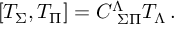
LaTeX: \left[ T _ { \Sigma } , T _ { \Pi } \right] = C _ { \ \Sigma \Pi } ^ { \Lambda } T _ { \Lambda } \, .